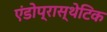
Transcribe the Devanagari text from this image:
एंडोप्रास्थेटिक